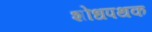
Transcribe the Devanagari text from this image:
शोधपथक